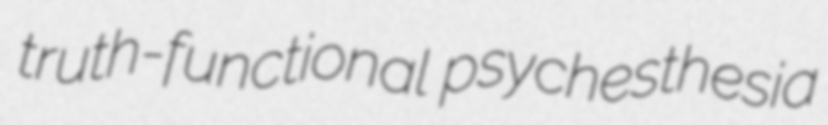
truth-functional psychesthesia